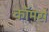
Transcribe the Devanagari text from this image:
काॅमर्स